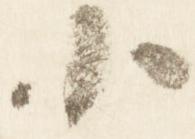
小